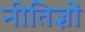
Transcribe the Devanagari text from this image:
नीतिज्ञों